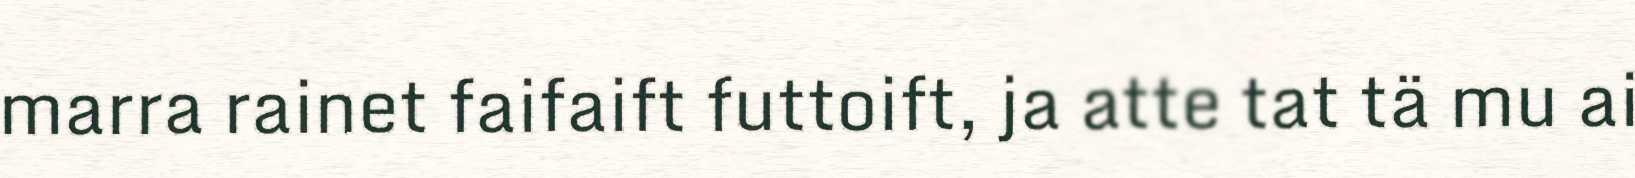
marra rainet faifaift futtoift, ja atte tat tä mu ai